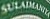
SULAIMANYA